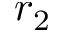
r _ { 2 }